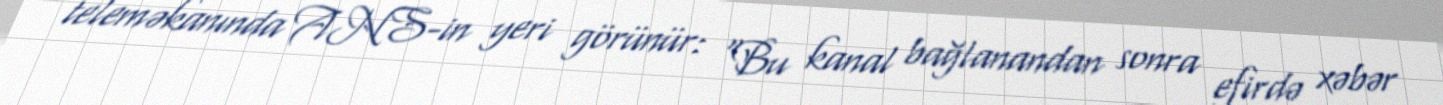
teleməkanında ANS-in yeri görünür: “Bu kanal bağlanandan sonra efirdə xəbər